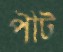
পীট